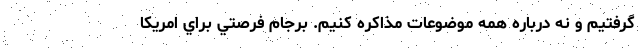
گرفتيم و نه درباره همه موضوعات مذاكره كنيم. برجام فرصتي براي امريكا